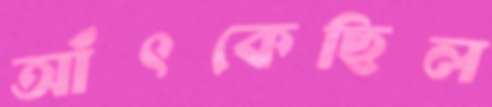
আঁৎকেছিল